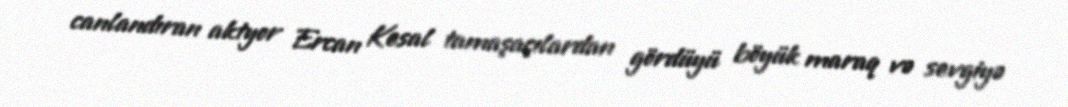
canlandıran aktyor Ercan Kesal tamaşaçılardan gördüyü böyük maraq və sevgiyə